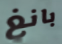
بانغ